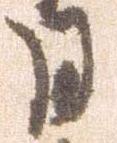
月